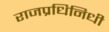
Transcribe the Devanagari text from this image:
राजप्रधिनिधी